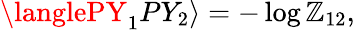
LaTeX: \langlePY_{1}PY_{2}\rangle=-\log\mathbb{Z}_{12},